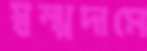
স্বল্পদামে